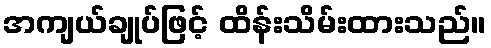
အကျယ်ချုပ်ဖြင့် ထိန်းသိမ်းထားသည်။